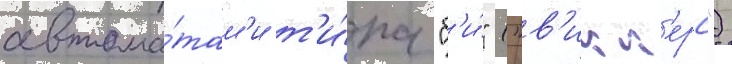
автома́там'и т'и́па "б'и́" ("в'икк'ерс")